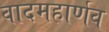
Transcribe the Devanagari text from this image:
वादमहार्णव